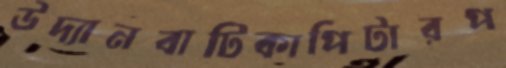
উদ্যানবাটিকাপিটারপ